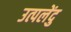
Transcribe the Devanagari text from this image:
उत्पलेंदु